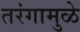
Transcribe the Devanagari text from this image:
तरंगामुळे